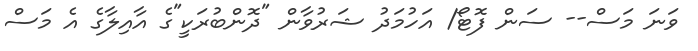
ވަނަ މަސް-- ސަން ފޮޓޯ/ އަހުމަދު ޝަރުވާން "ދޮންބުރަކީ"ގެ އާއިލާގެ އެ މަސް